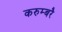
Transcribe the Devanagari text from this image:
करुम्बरै